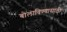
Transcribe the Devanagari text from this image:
बोलाविण्यासाठी